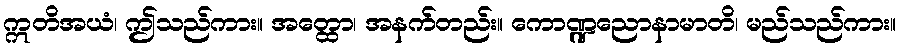
ဣတိအယံ၊ ဤသည်ကား။ အတ္ထော၊ အနက်တည်း။ ကောဏ္ဍညောနာမာတိ၊ မည်သည်ကား။